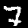
Label: 7